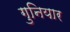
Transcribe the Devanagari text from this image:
गुनियार